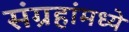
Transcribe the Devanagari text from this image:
संग्रहांमध्ये